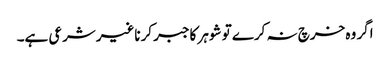
اگر وہ خرچ نہ کرے تو شوہر کاجبر کرناغیرشرعی ہے۔